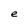
Character: e